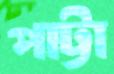
পাট্টা